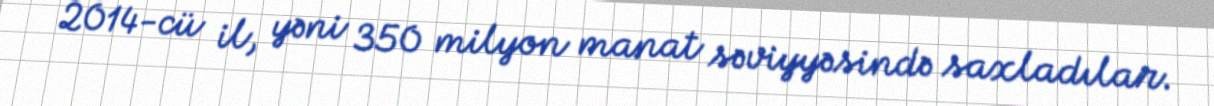
2014-cü il, yəni 350 milyon manat səviyyəsində saxladılar.